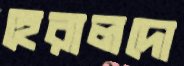
হেরালদো